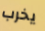
يخرب